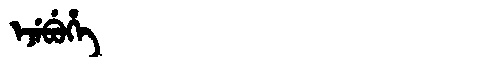
Manchu: ᡝᠵᡝᠪᡠᡥᡝ
Romanization: EJEBUHE